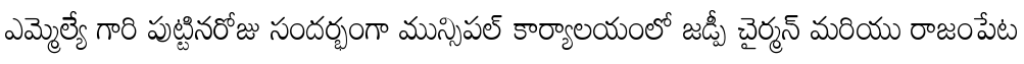
ఎమ్మెల్యే గారి పుట్టినరోజు సందర్భంగా మున్సిపల్ కార్యాలయంలో జడ్పీ చైర్మన్ మరియు రాజంపేట